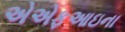
એએફઆઇના